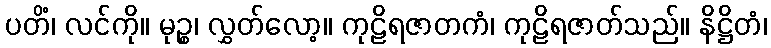
ပတိံ၊ လင်ကို။ မုဉ္စ၊ လွှတ်လော့။ ကုဠိရဇာတကံ၊ ကုဠိရဇာတ်သည်။ နိဋ္ဌိတံ၊